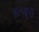
કાપકૂપી